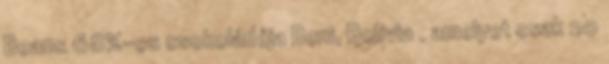
Beans 68%-os csokoládéja Beni, Bolívia , amelyet csak 20